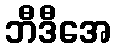
ဘီဒီအေ